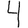
Digit: 4